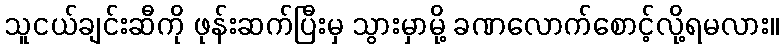
သူငယ်ချင်းဆီကို ဖုန်းဆက်ပြီးမှ သွားမှာမို့ ခဏလောက်စောင့်လို့ရမလား။